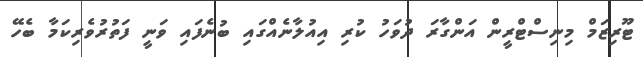
ޓޫރިޒަމް މިނިސްޓްރީން އަންގާރަ ދުވަހު ކުރި އިއުލާނެއްގައި ބުނެފައި ވަނީ ފަތުރުވެރިކަމާ ބެހޭ